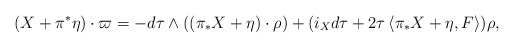
\begin{align*}(X + \pi^{*}\eta)\cdot \varpi = -d\tau \wedge ((\pi_{*}X+\eta)\cdot \rho) + (i_{X}d\tau + 2\tau \left<\pi_{*}X + \eta, F\right>)\rho,\end{align*}